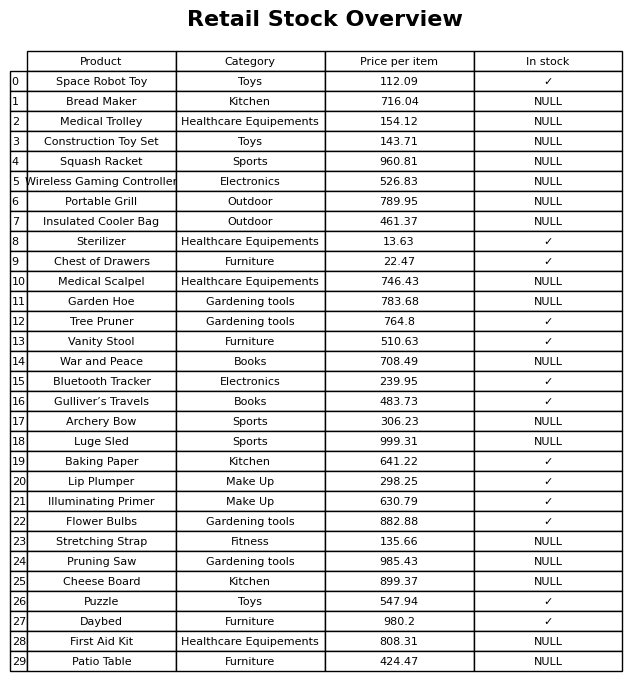
question: Which products are currently out of stock?
answer: Bread Maker, Medical Trolley, Construction Toy Set, Squash Racket, Wireless Gaming Controller, Portable Grill, Insulated Cooler Bag, Medical Scalpel, Garden Hoe, War and Peace, Archery Bow, Luge Sled, Stretching Strap, Pruning Saw, Cheese Board, First Aid Kit, Patio Table